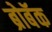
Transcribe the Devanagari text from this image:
ब्रोबॅक